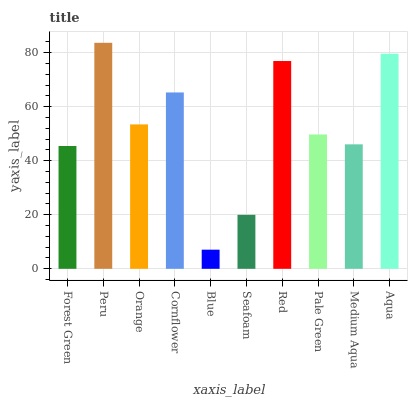
| xaxis_label | bars |
 | --- | --- |
 | Forest Green | 45.4 |
 | Peru | 83.6 |
 | Orange | 53.4 |
 | Cornflower | 65.3 |
 | Blue | 7.08 |
 | Seafoam | 20 |
 | Red | 76.9 |
 | Pale Green | 49.7 |
 | Medium Aqua | 46.1 |
 | Aqua | 79.6 |